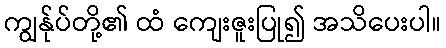
ကျွန်ုပ်တို့၏ ထံ ကျေးဇူးပြု၍ အသိပေးပါ။